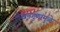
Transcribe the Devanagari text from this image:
लेखनगुणांमुळे